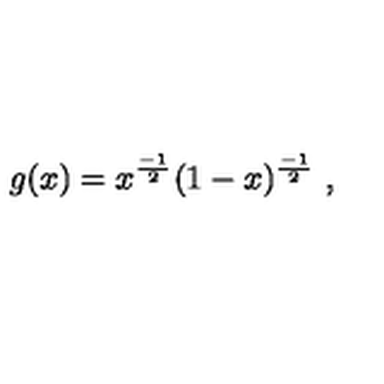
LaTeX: g ( x ) = x ^ { \frac { - 1 } { 2 } } ( 1 - x ) ^ { \frac { - 1 } { 2 } } \ ,